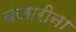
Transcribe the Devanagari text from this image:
वंजारीना